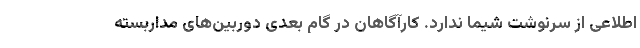
اطلاعی از سرنوشت شیما ندارد. کارآگاهان در گام بعدی دوربین‌های مداربسته